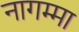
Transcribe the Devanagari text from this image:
नागम्मा